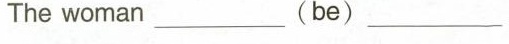
The woman ___ (be) ___